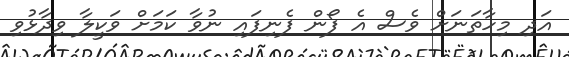
އަދި މިހާތަނަށް ވެސް އެ ފޯން ފެނިފައި ނުވާ ކަމަށް ވަކީލާ ވިދާޅުވި